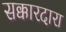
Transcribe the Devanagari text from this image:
सक्कारदारा